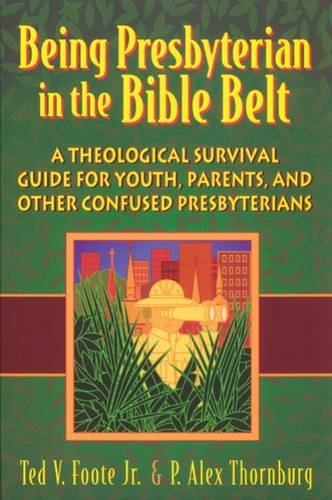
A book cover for Being Presbyterian in the Bible Belt: A Theological Survival Guide for Youth, Parents, & Other Confused Presbyterians; Ted V. Foote Jr.; Christian Books & Bibles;